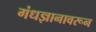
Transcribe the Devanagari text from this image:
गंधज्ञानावरून